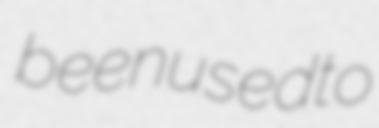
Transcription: been used to